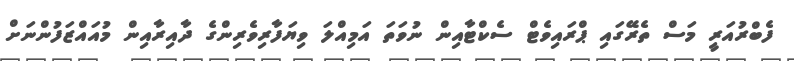
ފެބްރުއަރީ މަސް ތެރޭގައި ޕްރައިވެޓް ސެކްޓާއިން ނުވަތަ އަމިއްލަ ވިޔަފާރިވެރިންގެ ދާއިރާއިން މުއައްޒަފުންނަށް